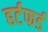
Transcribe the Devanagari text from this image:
हर्टफर्ड